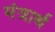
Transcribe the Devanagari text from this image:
मंत्रार्थ